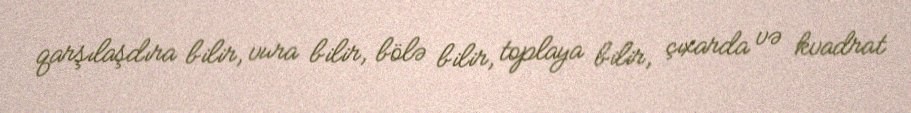
qarşılaşdıra bilir, vura bilir, bölə bilir, toplaya bilir, çıxarda və kvadrat